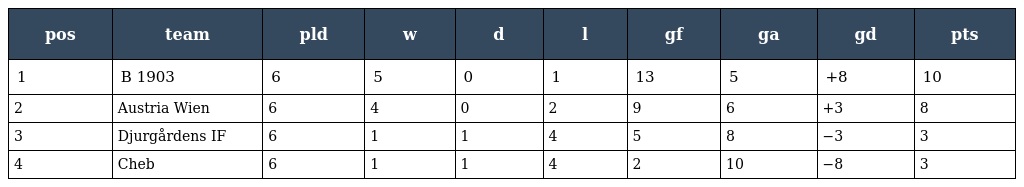
| pos | team | pld | w | d | l | gf | ga | gd | pts |
 | --- | --- | --- | --- | --- | --- | --- | --- | --- | --- |
 | 1 | B 1903 | 6 | 5 | 0 | 1 | 13 | 5 | +8 | 10 |
 | 2 | Austria Wien | 6 | 4 | 0 | 2 | 9 | 6 | +3 | 8 |
 | 3 | Djurgårdens IF | 6 | 1 | 1 | 4 | 5 | 8 | −3 | 3 |
 | 4 | Cheb | 6 | 1 | 1 | 4 | 2 | 10 | −8 | 3 |